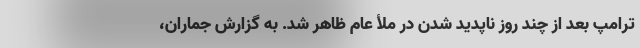
ترامپ بعد از چند روز ناپدید شدن در ملأ عام ظاهر شد. به گزارش جماران،